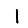
Digit: 1